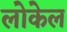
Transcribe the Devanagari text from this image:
लोकेल